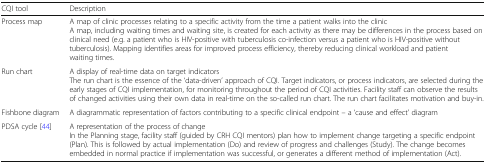
<table><thead><tr><td><b>CQI tool</b></td><td><b>Description</b></td></tr></thead><tbody><tr><td>Process map</td><td>A map of clinic processes relating to a specific activity from the time a patient walks into the clinicA map, including waiting times and waiting site, is created for each activity as there may be differences in the process based on clinical need (e.g. a patient who is HIV-positive with tuberculosis co-infection versus a patient who is HIV-positive without tuberculosis). Mapping identifies areas for improved process efficiency, thereby reducing clinical workload and patient waiting times.</td></tr><tr><td>Run chart</td><td>A display of real-time data on target indicatorsThe run chart is the essence of the ‘data-driven’ approach of CQI. Target indicators, or process indicators, are selected during the early stages of CQI implementation, for monitoring throughout the period of CQI activities. Facility staff can observe the results of changed activities using their own data in real-time on the so-called run chart. The run chart facilitates motivation and buy-in.</td></tr><tr><td>Fishbone diagram</td><td>A diagrammatic representation of factors contributing to a specific clinical endpoint – a ‘cause and effect’ diagram</td></tr><tr><td>PDSA cycle [44]</td><td>A representation of the process of changeIn the Planning stage, facility staff (guided by CRH CQI mentors) plan how to implement change targeting a specific endpoint (Plan). This is followed by actual implementation (Do) and review of progress and challenges (Study). The change becomes embedded in normal practice if implementation was successful, or generates a different method of implementation (Act).</td></tr></tbody></table>